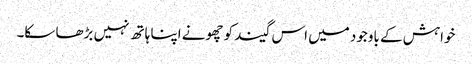
خواہش کے باوجود میں اس گیند کو چھونے اپنا ہاتھ نہیں بڑھا سکا۔